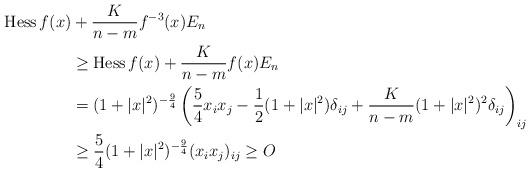
LaTeX: \begin{align*}{\rm Hess}\,f(x)&+\frac{K}{n-m}f^{-3}(x)E_n\\&\geq {\rm Hess}\,f(x)+\frac{K}{n-m}f(x)E_n\\&=(1+|x|^2)^{-\frac94}\left(\frac54 x_ix_j-\frac12(1+|x|^2)\delta_{ij}+\frac{K}{n-m}(1+|x|^2)^2\delta_{ij}\right)_{ij}\\&\geq \frac54(1+|x|^2)^{-\frac94}(x_ix_j)_{ij}\geq O\end{align*}